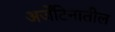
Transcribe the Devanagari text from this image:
अर्जेंटिनातील